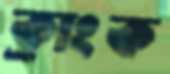
ক্রাংক